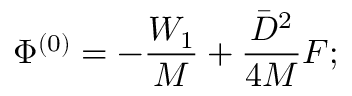
\Phi ^ { ( 0 ) } = - \frac { W _ { 1 } } { M } + \frac { \bar { D } ^ { 2 } } { 4 M } F ;